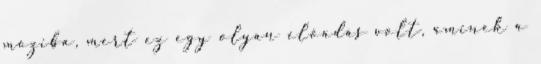
moziba, mert ez egy olyan előadás volt, aminek a